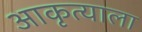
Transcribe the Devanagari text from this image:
आकृत्याला